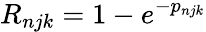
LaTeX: R_{njk}=1-e^{-p_{njk}}